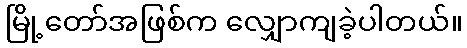
မြို့တော်အဖြစ်က လျှောကျခဲ့ပါတယ်။